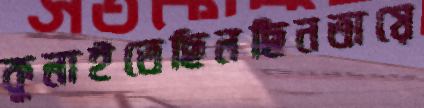
কুলাইতেছিলছিনতায়ে